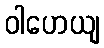
ဝါဟေယျ